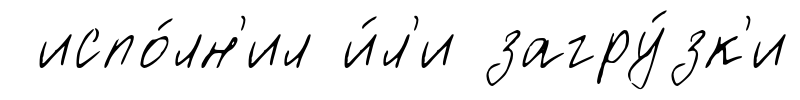
испо́лн'ил и́л'и загру́зк'и